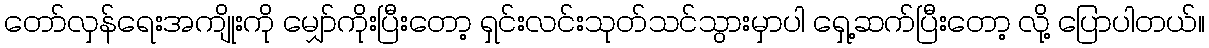
တော်လှန်ရေးအကျိုးကို မျှော်ကိုးပြီးတော့ ရှင်းလင်းသုတ်သင်သွားမှာပါ ရှေ့ဆက်ပြီးတော့ လို့ ပြောပါတယ်။